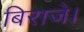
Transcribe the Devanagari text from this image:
बिराजे।